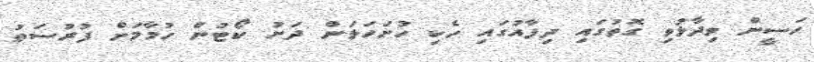
ހަސީން ވިދާޅުވި ގޮތުގައި ދިފާއުގައި ހެކި ހުށަހަޅަން ދަށު ކޯޓުން ހުމާމަށް ފުރުސަތު